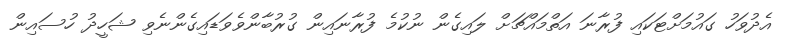
އެދުވަހު ގައުމަށްޓަކައި ފުރާނަ އަތްމައްޗަށް ލައިގެން ނުކުމެ ފުރާނައިން ގުރުބާންވެވަޑައިގެންނެވި ޝަހީދު ހުސައިން